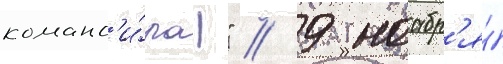
команд'и́ра!" // 9 ноабр'я́